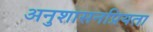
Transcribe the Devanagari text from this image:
अनुशासनप्रियता